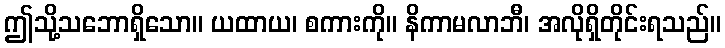
ဤသို့သဘောရှိသော။ ယထာယ၊ စကားကို။ နိကာမလာဘီ၊ အလိုရှိတိုင်းရသည်။